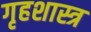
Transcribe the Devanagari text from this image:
गृहशास्त्र